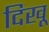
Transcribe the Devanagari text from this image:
दिखू